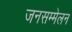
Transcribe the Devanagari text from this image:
जनसम्मेलन